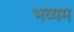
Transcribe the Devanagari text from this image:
भव्यम